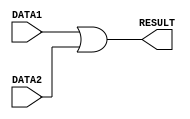
/*********************************/
/* CO224 - Computer Architecture */
/* Lab 05 - Part 1				 */
/* OR Sub-Module				 */
/* Group - 20					 */
/*********************************/


//The OR functional unit performs the logical OR operation on the two 8-bit numbers given in DATA1 and DATA2 and sends the answer to the RESULT output
//Contains a delay of 1 time unit
module OR(DATA1, DATA2, RESULT);

	//Input port declaration
	input [7:0] DATA1, DATA2;
	
	//Declaration of output port
	output [7:0] RESULT;
	
	//Assigns logical OR result of DATA1 and DATA2 to RESULT after 1 time unit delay
	assign #1 RESULT = DATA1 | DATA2;
	
endmodule